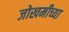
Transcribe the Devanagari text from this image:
जोखमीच्या